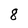
Character: 8